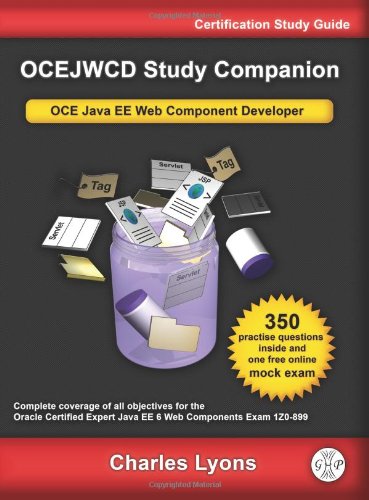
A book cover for OCEJWCD Study Companion: Certified Expert Java EE 6 Web Component Developer (Oracle  Exam 1Z0-899); Charles Lyons; Computers & Technology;